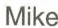
Mike